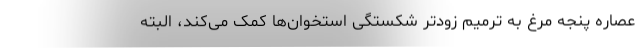
عصاره پنجه مرغ به ترمیم زودتر شکستگی استخوان‌ها کمک می‌کند، البته